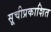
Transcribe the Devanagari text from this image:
सूचीप्रकाशित